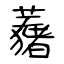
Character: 蕏